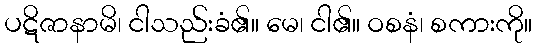
ပဋိဇာနာမိ၊ ငါသည်းခံ၏။ မေ၊ ငါ၏။ ဝစနံ၊ စကားကို။